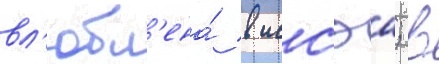
вл'юбл'ена́ в иссэа; в